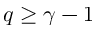
q \ge \gamma - 1